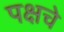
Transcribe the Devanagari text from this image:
पक्षचे